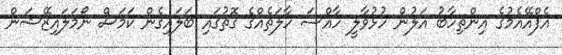
އެފްއޭއެމުގެ އިންތިހާބު އަލުން ހުޅުވާލީ ހާއްސަ ހާލަތެއްގެ ގޮތުގައި ބަލައިގެން ކަމަސް ނޯމަލައިޒޭޝަން